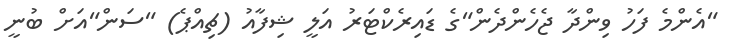
"އެންމެ ފަހު ވިންދާ ޖެހެންދެން"ގެ ޑައިރެކްޓަރު އަލީ ޝިފާއު (ޗިއްޕެ) "ސަން"އަށް ބުނީ